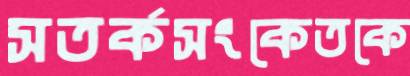
সতর্কসংকেতকে